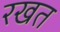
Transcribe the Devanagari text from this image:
रखत